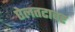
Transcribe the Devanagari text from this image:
ऐलतटावर